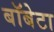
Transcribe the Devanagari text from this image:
बॉबेटा